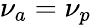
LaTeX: \nu_{a}=\nu_{p}